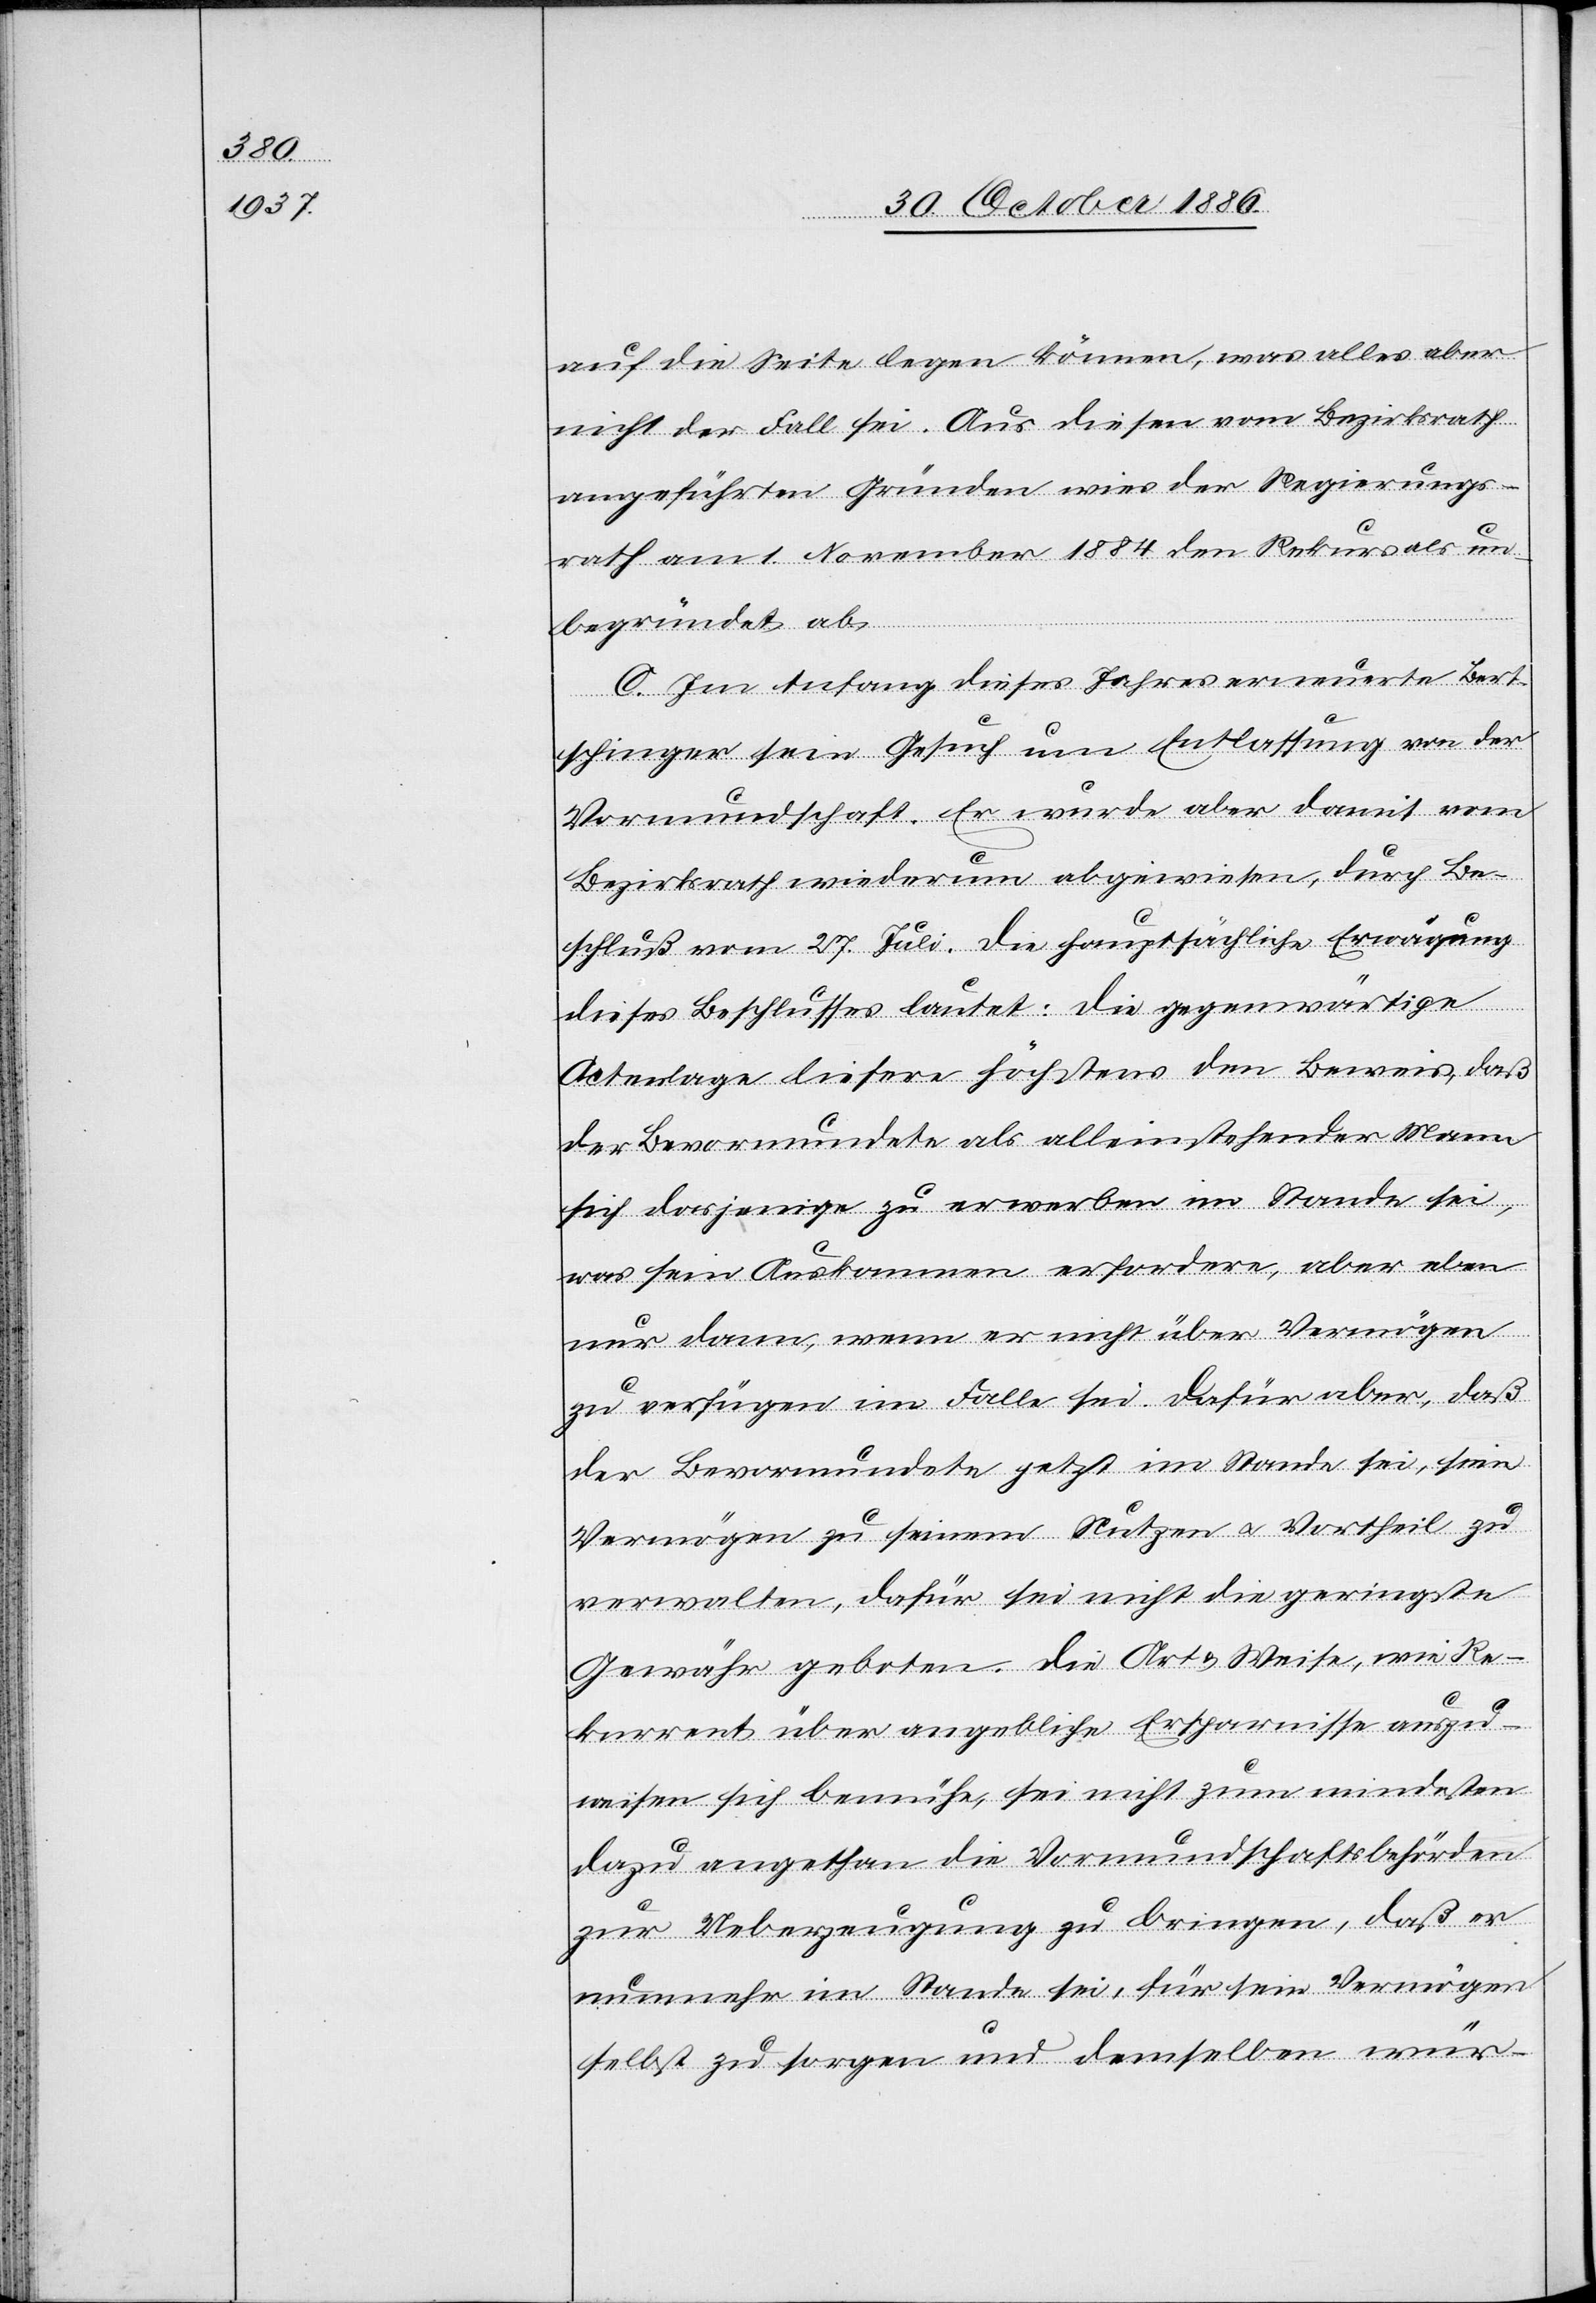
auf die Seite legen können, was alles aber
nicht der Fall sei. Aus diesen vom Bezirksrath
angeführten Gründen wies der Regierungs¬
rath am 1. November 1884 den Rekurs als un¬
begründet ab.
C. Im Anfang dieses Jahres erneuerte Bert¬
schinger sein Gesuch um Entlassung von der
Vormundschaft. Er wurde aber damit vom
Bezirksrath wiederum abgewiesen, durch Be¬
schluß vom 27. Juli. Die hauptsächliche Erwägung
dieses Beschlusses lautet: Die gegenwärtige
Actenlage liefere höchstens den Beweis, daß
der Bevormundete als alleinstehender Mann
sich dasjenige zu erwerben im Stande sei,
was sein Auskommen erfordere, aber eben
nur dann, wenn er nicht über Vermögen
zu verfügen im Falle sei. Dafür aber, daß
der Bevormundete jetzt im Stande sei, sein
Vermögen zu seinem Nutzen & Vortheil zu
verwalten, dafür sei nicht die geringste
Gewähr geboten. Die Art & Weise, wie Re¬
kurrent über angebliche Ersparnisse auszu¬
weisen sich bemühe, sei nicht zum mindesten
dazu angethan die Vormundschaftsbehörden
zur Ueberzeugung zu bringen, daß er
nunmehr im Stande sei, für sein Vermögen
selbst zu sorgen und demselben wür-